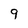
Character: 9